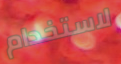
لاستخدام